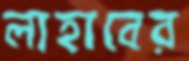
লাহাবের